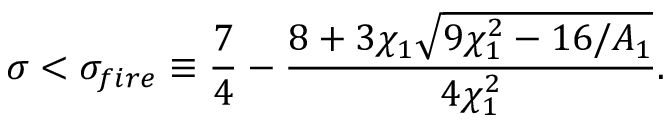
\sigma < \sigma _ { f i r e } \equiv \frac { 7 } { 4 } - \frac { 8 + 3 \chi _ { 1 } \sqrt { 9 \chi _ { 1 } ^ { 2 } - 1 6 / A _ { 1 } } } { 4 \chi _ { 1 } ^ { 2 } } .